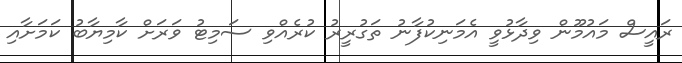
ރައީސް މައުމޫން ވިދާޅުވީ އެމަނިކުފާނު ތަގުރީރު ކުރެއްވި ސަމިޓު ވަރަށް ކާމިޔާބު ކަމަށާއި